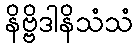
နိဗ္ဗိဒါနိသံသံ